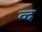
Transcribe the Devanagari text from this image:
व्द